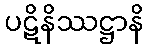
ပဋိနိဿဋ္ဌာနိ